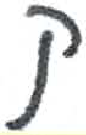
אות: ק